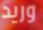
وريد